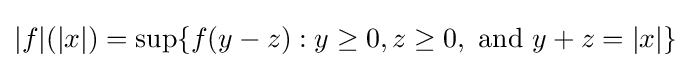
|f|(|x|)=\sup\{f(y-z):y\geq 0,z\geq 0,{\text{ and }}y+z=|x|\}